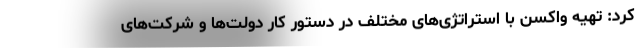
کرد: تهیه واکسن با استراتژی‌های مختلف در دستور کار دولت‌ها و شرکت‌های